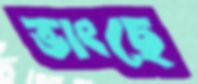
ভাংছে